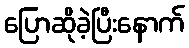
ပြောဆိုခဲ့ပြီးနောက်